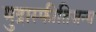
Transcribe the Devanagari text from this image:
मुद्रास्फीतिजन्य